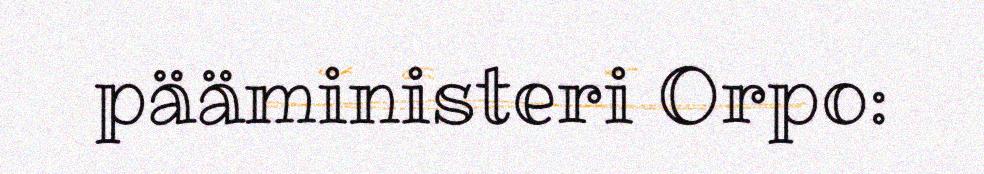
pääministeri Orpo: